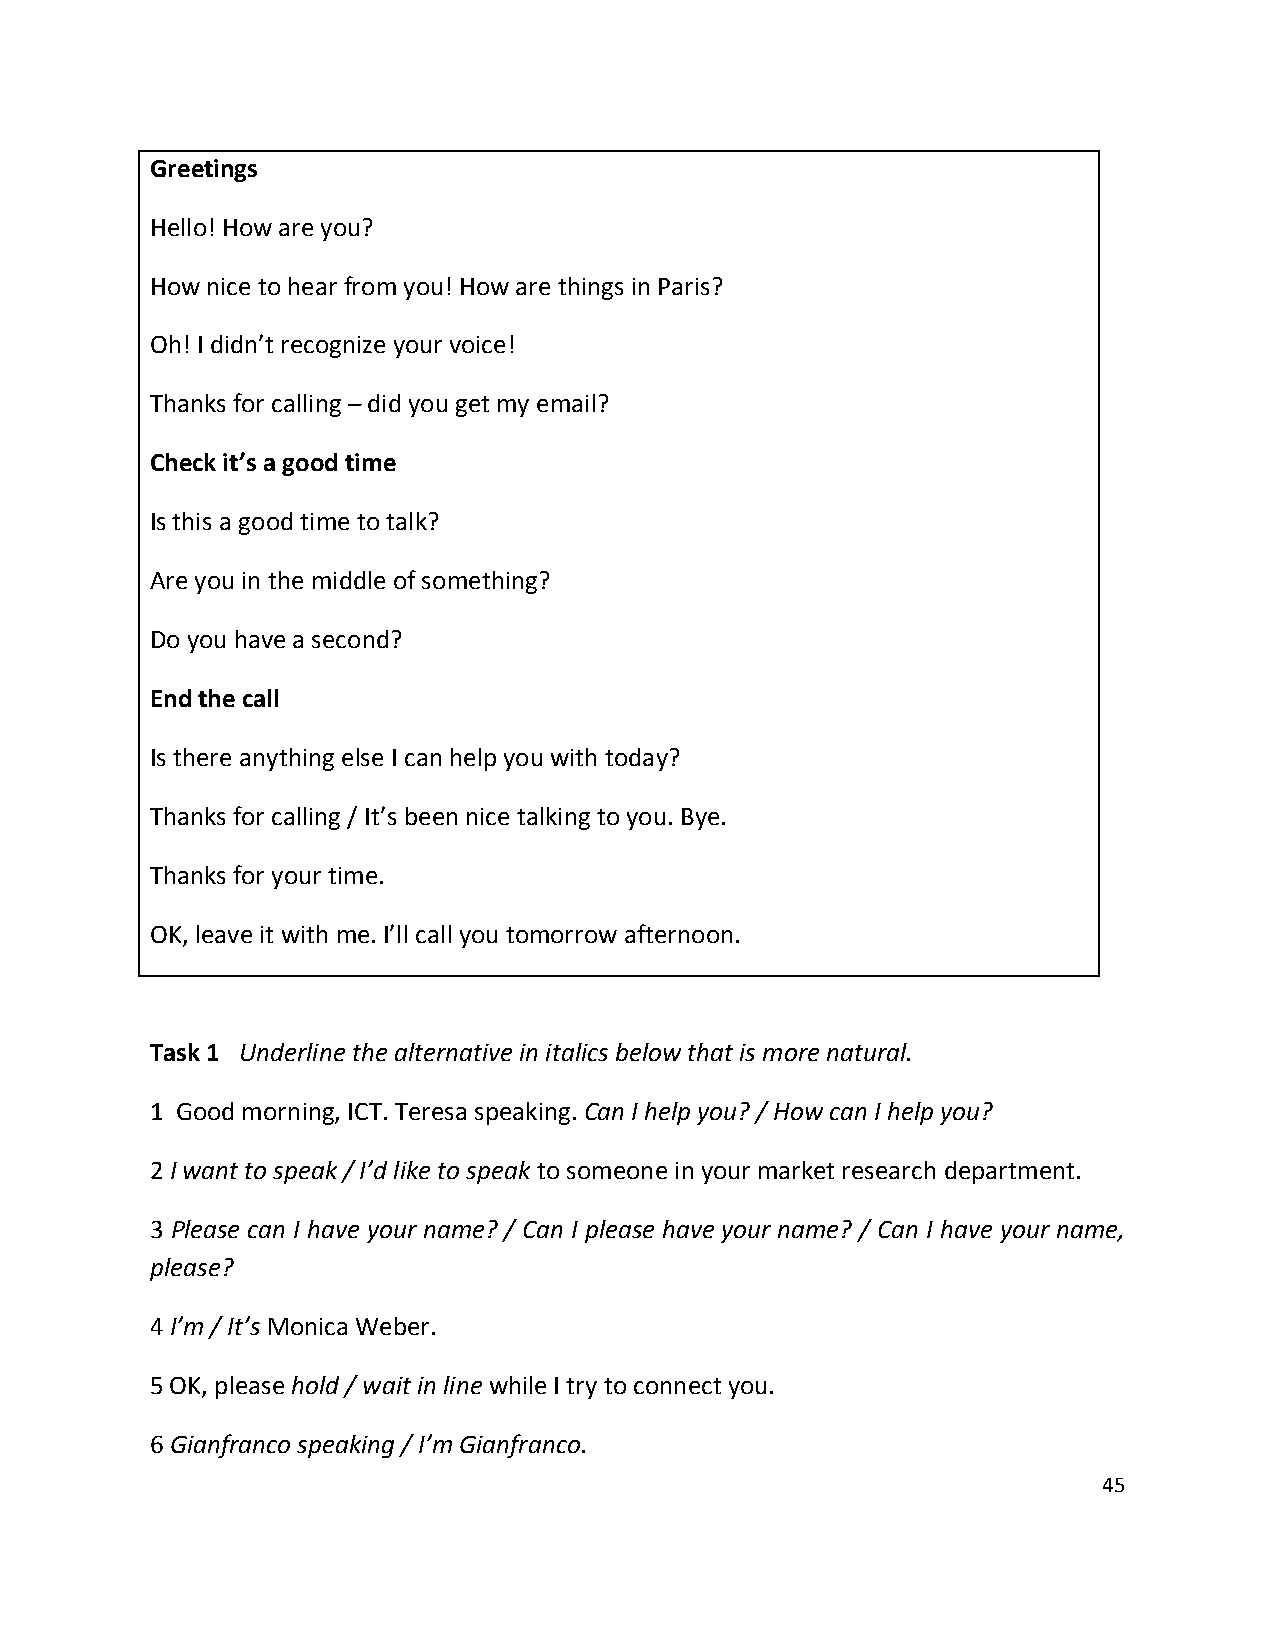
Greetings
 Hello! How are you?
 How nice to hear from you! How are things in Paris?
 Oh! I didn’t recognize your voice!
 Thanks for calling – did you get my email?
 Check it’s a good time
 Is this a good time to talk?
 Are you in the middle of something?
 Do you have a second?
 End the call
 Is there anything else I can help you with today?
 Thanks for calling / It’s been nice talking to you. Bye.
 Thanks for your time.
 OK, leave it with me. I’ll call you tomorrow afternoon.
 Task 1 Underline the alternative in italics below that is more natural.
 1 Good morning, ICT. Teresa speaking. Can I help you? / How can I help you?
 2 I want to speak / I’d like to speak to someone in your market research department.
 3 Please can I have your name? / Can I please have your name? / Can I have your name,
 please?
 4 I’m / It’s Monica Weber.
 5 OK, please hold / wait in line while I try to connect you.
 6 Gianfranco speaking / I’m Gianfranco.
 45